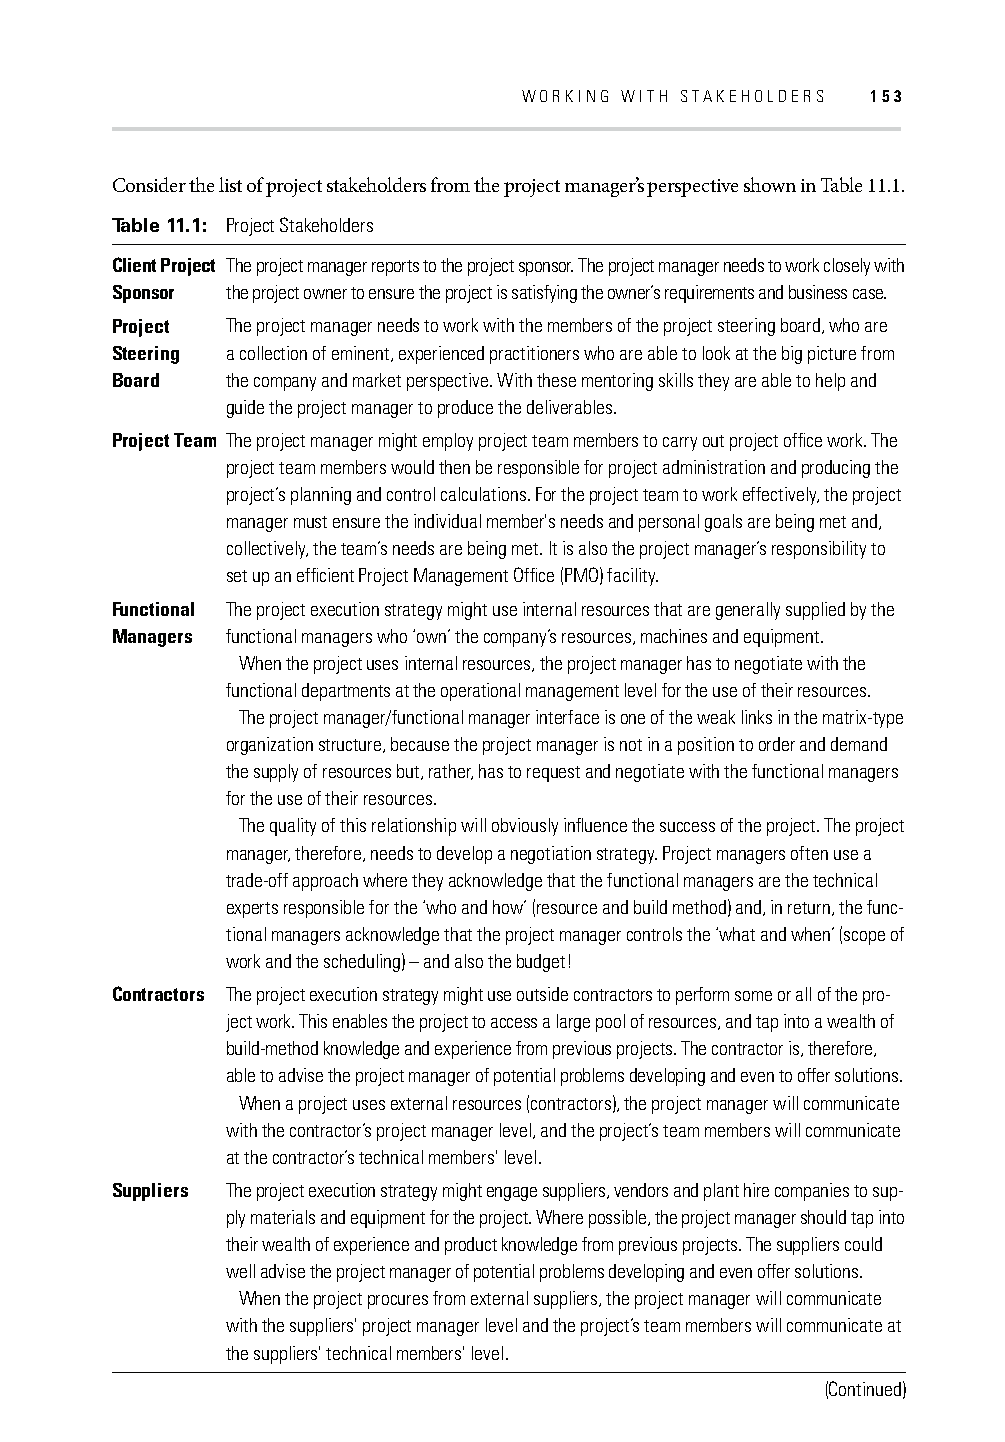
WORKING WITH STAKEHOLDERS 153
 Consider the list of project stakeholders from the project manager’s perspective shown in Table 11.1.
 Table 11.1: Project Stakeholders
 Client Project The project manager reports to the project sponsor. The project manager needs to work closely with
 Sponsor the project owner to ensure the project is satisfying the owner’s requirements and business case.
 Project The project manager needs to work with the members of the project steering board, who are
 Steering a collection of eminent, experienced practitioners who are able to look at the big picture from
 Board   the company and market perspective. With these mentoring skills they are able to help and
 guide the project manager to produce the deliverables.
 Project Team The project manager might employ project team members to carry out project offi ce work. The
 project team members would then be responsible for project administration and producing the
 project’s planning and control calculations. For the project team to work effectively, the project
 manager must ensure the individual member's needs and personal goals are being met and,
 collectively, the team’s needs are being met. It is also the project manager’s responsibility to
 set up an effi cient Project Management Offi ce (PMO) facility.
 Functional The project execution strategy might use internal resources that are generally supplied by the
 Managers functional managers who ‘own’ the company’s resources, machines and equipment.
 When the project uses internal resources, the project manager has to negotiate with the
 functional departments at the operational management level for the use of their resources.
 The project manager/functional manager interface is one of the weak links in the matrix-type
 organization structure, because the project manager is not in a position to order and demand
 the supply of resources but, rather, has to request and negotiate with the functional managers
 for the use of their resources.
 The quality of this relationship will obviously infl uence the success of the project. The project
 manager, therefore, needs to develop a negotiation strategy. Project managers often use a
 trade-off approach where they acknowledge that the functional managers are the technical
 experts responsible for the ‘who and how’ (resource and build method) and, in return, the func-
 tional managers acknowledge that the project manager controls the ‘what and when’ (scope of
 work and the scheduling) – and also the budget!
 Contractors The project execution strategy might use outside contractors to perform some or all of the pro-
 ject work. This enables the project to access a large pool of resources, and tap into a wealth of
 build-method knowledge and experience from previous projects. The contractor is, therefore,
 able to advise the project manager of potential problems developing and even to offer solutions.
 When a project uses external resources (contractors), the project manager will communicate
 with the contractor’s project manager level, and the project’s team members will communicate
 at the contractor’s technical members' level.
 Suppliers The project execution strategy might engage suppliers, vendors and plant hire companies to sup-
 ply materials and equipment for the project. Where possible, the project manager should tap into
 their wealth of experience and product knowledge from previous projects. The suppliers could
 well advise the project manager of potential problems developing and even offer solutions.
 When the project procures from external suppliers, the project manager will communicate
 with the suppliers' project manager level and the project’s team members will communicate at
 the suppliers' technical members' level.
 (Continued)